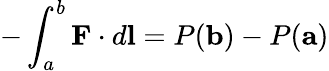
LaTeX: -\int_{a}^{b}\mathbf{F}\cdot d\mathbf{l}=P(\mathbf{b})-P(\mathbf{a})